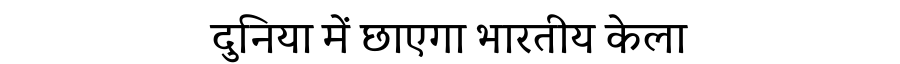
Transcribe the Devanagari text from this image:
दुनिया में छाएगा भारतीय केला